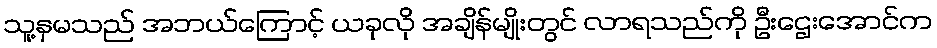
သူ့နှမသည် အဘယ်ကြောင့် ယခုလို အချိန်မျိုးတွင် လာရသည်ကို ဦးဌေးအောင်က